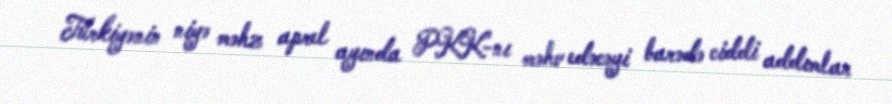
Türkiyənin niyə məhz aprel ayında PKK-nı məhv edəcəyi barədə ciddi addımlar